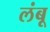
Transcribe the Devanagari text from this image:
लंबू